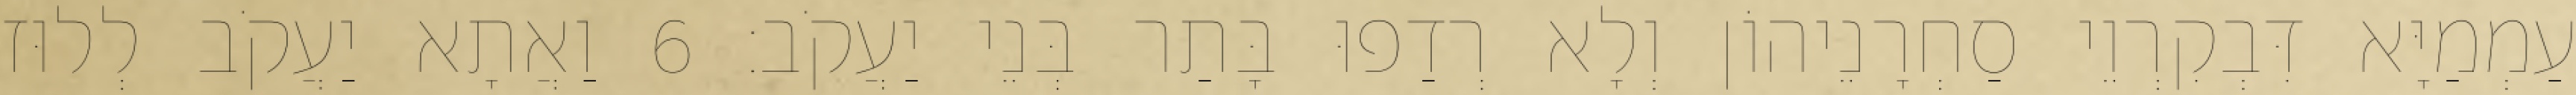
עַמְמַיָּא דִּבְקִרְוֵי סַחְרָנֵיהוֹן וְלָא רְדַפוּ בָּתַר בְּנֵי יַעֲקֹב׃ 6 וַאֲתָא יַעֲקֹב לְלוּז